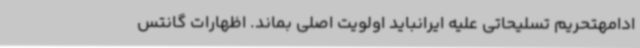
ادامهتحریم تسلیحاتی علیه ایرانباید اولویت اصلی بماند. اظهارات گانتس